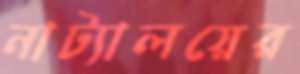
নাট্যালয়ের